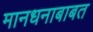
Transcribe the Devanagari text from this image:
मानधनाबाबत